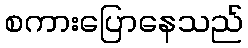
စကားပြောနေသည်